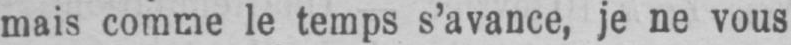
mais comme le temps s’avance, je ne vous